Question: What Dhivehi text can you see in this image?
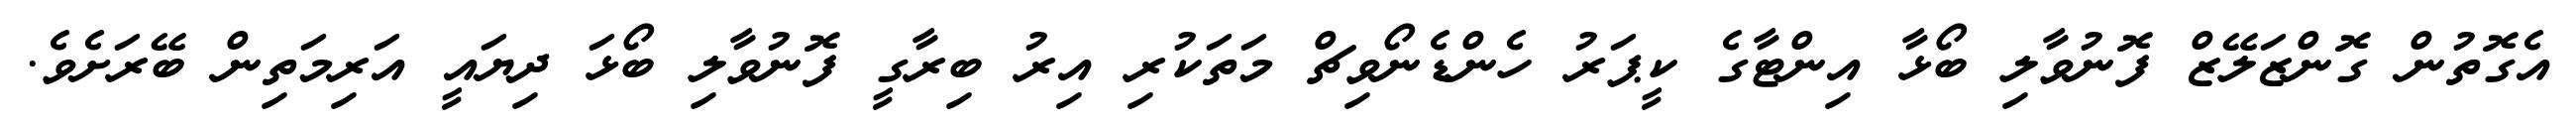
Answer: އެގޮތުން ގޮންޒަލޭޒް ފޮނުވާލި ބޯޅާ އިންޓާގެ ކީޕަރު ހެންޑެނޯވިޗް މަތަކުރި އިރު ބިރާގީ ފޮނުވާލި ބޯޅަ ދިޔައީ އަރިމަތިން ބޭރަށެވެ.